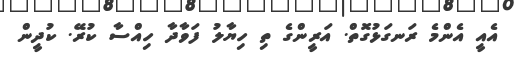
އެއީ އެންމެ ރަނގަޅުގޮތް. އަރީންގެ ތި ހިޔާލު ފަވާދާ ހިއްސާ ކުރޭ. ކުދީން